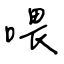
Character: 喂